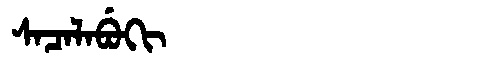
Manchu: ᠰᠠᠴᠠᠯᠠᠪᡠᡴᡳ
Romanization: SACALABUKI